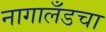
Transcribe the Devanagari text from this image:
नागालँडचा